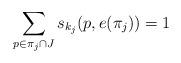
LaTeX: \begin{align*}\sum_{p\in \pi_j\cap J}s_{k_j}(p, e(\pi_j)) = 1\end{align*}